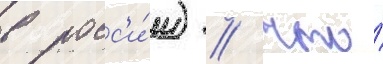
в росс'и́и) / что́